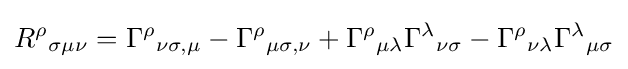
R^{\rho }{}_{\sigma \mu \nu }=\Gamma ^{\rho }{}_{\nu \sigma ,\mu }-\Gamma ^{\rho }{}_{\mu \sigma ,\nu }+\Gamma ^{\rho }{}_{\mu \lambda }\Gamma ^{\lambda }{}_{\nu \sigma }-\Gamma ^{\rho }{}_{\nu \lambda }\Gamma ^{\lambda }{}_{\mu \sigma }